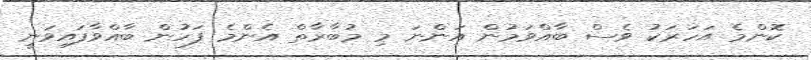
ކޮންމެ އަހަރަކު ވެސް ބާއްވަމުން އަންނަ މި މުބާރާތް އެންމެ ފަހުން ބާއްވާފައިވަނީ